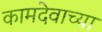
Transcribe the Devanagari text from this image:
कामदेवाच्या